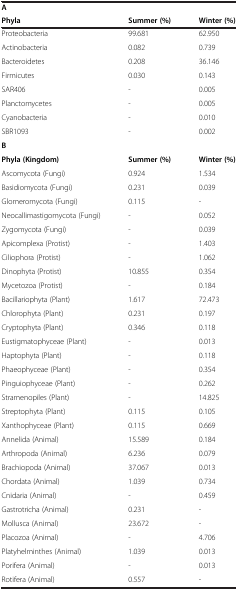
<table><thead><tr><td><b>A</b></td><td><b> </b></td><td><b> </b></td></tr><tr><td><b>Phyla</b></td><td><b>Summer (%)</b></td><td><b>Winter (%)</b></td></tr></thead><tbody><tr><td>Proteobacteria</td><td>99.681</td><td>62.950</td></tr><tr><td>Actinobacteria</td><td>0.082</td><td>0.739</td></tr><tr><td>Bacteroidetes</td><td>0.208</td><td>36.146</td></tr><tr><td>Firmicutes</td><td>0.030</td><td>0.143</td></tr><tr><td>SAR406</td><td>-</td><td>0.005</td></tr><tr><td>Planctomycetes</td><td>-</td><td>0.005</td></tr><tr><td>Cyanobacteria</td><td>-</td><td>0.010</td></tr><tr><td>SBR1093</td><td>-</td><td>0.002</td></tr><tr><td><b>B</b></td><td> </td><td> </td></tr><tr><td><b>Phyla (Kingdom)</b></td><td><b>Summer (%)</b></td><td><b>Winter (%)</b></td></tr><tr><td>Ascomycota (Fungi)</td><td>0.924</td><td>1.534</td></tr><tr><td>Basidiomycota (Fungi)</td><td>0.231</td><td>0.039</td></tr><tr><td>Glomeromycota (Fungi)</td><td>0.115</td><td>-</td></tr><tr><td>Neocallimastigomycota (Fungi)</td><td>-</td><td>0.052</td></tr><tr><td>Zygomycota (Fungi)</td><td>-</td><td>0.039</td></tr><tr><td>Apicomplexa (Protist)</td><td>-</td><td>1.403</td></tr><tr><td>Ciliophora (Protist)</td><td>-</td><td>1.062</td></tr><tr><td>Dinophyta (Protist)</td><td>10.855</td><td>0.354</td></tr><tr><td>Mycetozoa (Protist)</td><td>-</td><td>0.184</td></tr><tr><td>Bacillariophyta (Plant)</td><td>1.617</td><td>72.473</td></tr><tr><td>Chlorophyta (Plant)</td><td>0.231</td><td>0.197</td></tr><tr><td>Cryptophyta (Plant)</td><td>0.346</td><td>0.118</td></tr><tr><td>Eustigmatophyceae (Plant)</td><td>-</td><td>0.013</td></tr><tr><td>Haptophyta (Plant)</td><td>-</td><td>0.118</td></tr><tr><td>Phaeophyceae (Plant)</td><td>-</td><td>0.354</td></tr><tr><td>Pinguiophyceae (Plant)</td><td>-</td><td>0.262</td></tr><tr><td>Stramenopiles (Plant)</td><td>-</td><td>14.825</td></tr><tr><td>Streptophyta (Plant)</td><td>0.115</td><td>0.105</td></tr><tr><td>Xanthophyceae (Plant)</td><td>0.115</td><td>0.669</td></tr><tr><td>Annelida (Animal)</td><td>15.589</td><td>0.184</td></tr><tr><td>Arthropoda (Animal)</td><td>6.236</td><td>0.079</td></tr><tr><td>Brachiopoda (Animal)</td><td>37.067</td><td>0.013</td></tr><tr><td>Chordata (Animal)</td><td>1.039</td><td>0.734</td></tr><tr><td>Cnidaria (Animal)</td><td>-</td><td>0.459</td></tr><tr><td>Gastrotricha (Animal)</td><td>0.231</td><td>-</td></tr><tr><td>Mollusca (Animal)</td><td>23.672</td><td>-</td></tr><tr><td>Placozoa (Animal)</td><td>-</td><td>4.706</td></tr><tr><td>Platyhelminthes (Animal)</td><td>1.039</td><td>0.013</td></tr><tr><td>Porifera (Animal)</td><td>-</td><td>0.013</td></tr><tr><td>Rotifera (Animal)</td><td>0.557</td><td>-</td></tr></tbody></table>